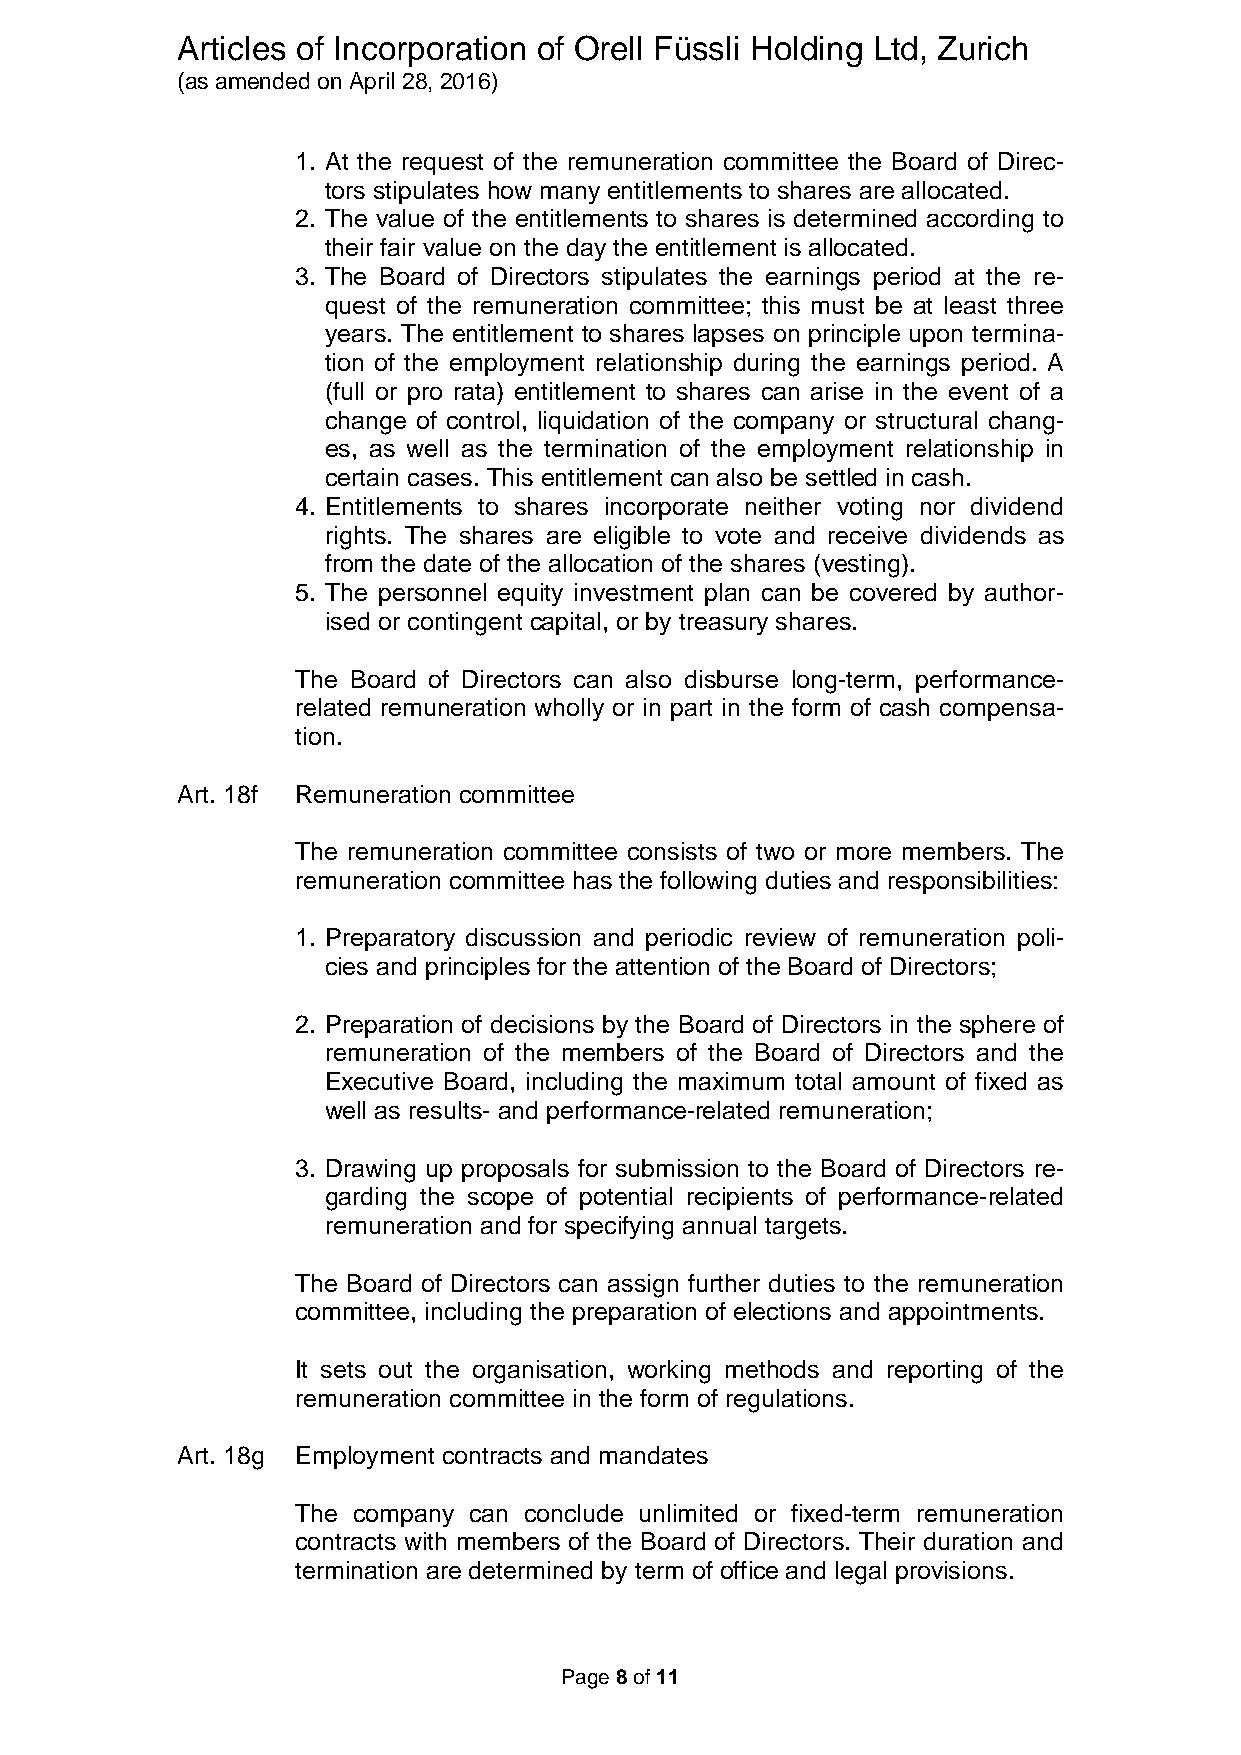
Articles of Incorporation of Orell Füssli Holding Ltd, Zurich
 (as amended on April 28, 2016)
 1. At the request of the remuneration committee the Board of Direc-
 tors stipulates how many entitlements to shares are allocated.
 2. The value of the entitlements to shares is determined according to
 their fair value on the day the entitlement is allocated.
 3. The Board of Directors stipulates the earnings period at the re-
 quest of the remuneration committee; this must be at least three
 years. The entitlement to shares lapses on principle upon termina-
 tion of the employment relationship during the earnings period. A
 (full or pro rata) entitlement to shares can arise in the event of a
 change of control, liquidation of the company or structural chang-
 es, as well as the termination of the employment relationship in
 certain cases. This entitlement can also be settled in cash.
 4. Entitlements to shares incorporate neither voting nor dividend
 rights. The shares are eligible to vote and receive dividends as
 from the date of the allocation of the shares (vesting).
 5. The personnel equity investment plan can be covered by author-
 ised or contingent capital, or by treasury shares.
 The Board of Directors can also disburse long-term, performance-
 related remuneration wholly or in part in the form of cash compensa-
 tion.
 Art. 18f Remuneration committee
 The remuneration committee consists of two or more members. The
 remuneration committee has the following duties and responsibilities:
 1. Preparatory discussion and periodic review of remuneration poli-
 cies and principles for the attention of the Board of Directors;
 2. Preparation of decisions by the Board of Directors in the sphere of
 remuneration of the members of the Board of Directors and the
 Executive Board, including the maximum total amount of fixed as
 well as results- and performance-related remuneration;
 3. Drawing up proposals for submission to the Board of Directors re-
 garding the scope of potential recipients of performance-related
 remuneration and for specifying annual targets.
 The Board of Directors can assign further duties to the remuneration
 committee, including the preparation of elections and appointments.
 It sets out the organisation, working methods and reporting of the
 remuneration committee in the form of regulations.
 Art. 18g Employment contracts and mandates
 The company can conclude unlimited or fixed-term remuneration
 contracts with members of the Board of Directors. Their duration and
 termination are determined by term of office and legal provisions.
 Page 8 of 11